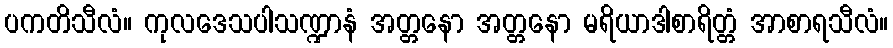
ပကတိသီလံ။ ကုလဒေသပါသဏ္ဍာနံ အတ္တနော အတ္တနော မရိယာဒါစာရိတ္တံ အာစာရသီလံ။